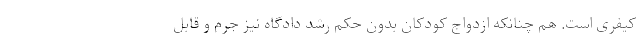
کیفری است. هم چنانکه ازدواج کودکان بدون حکم رشد دادگاه نیز جرم و قابل